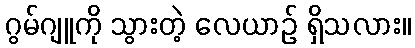
ဂွမ်ဂျူကို သွားတဲ့ လေယာဉ် ရှိသလား။